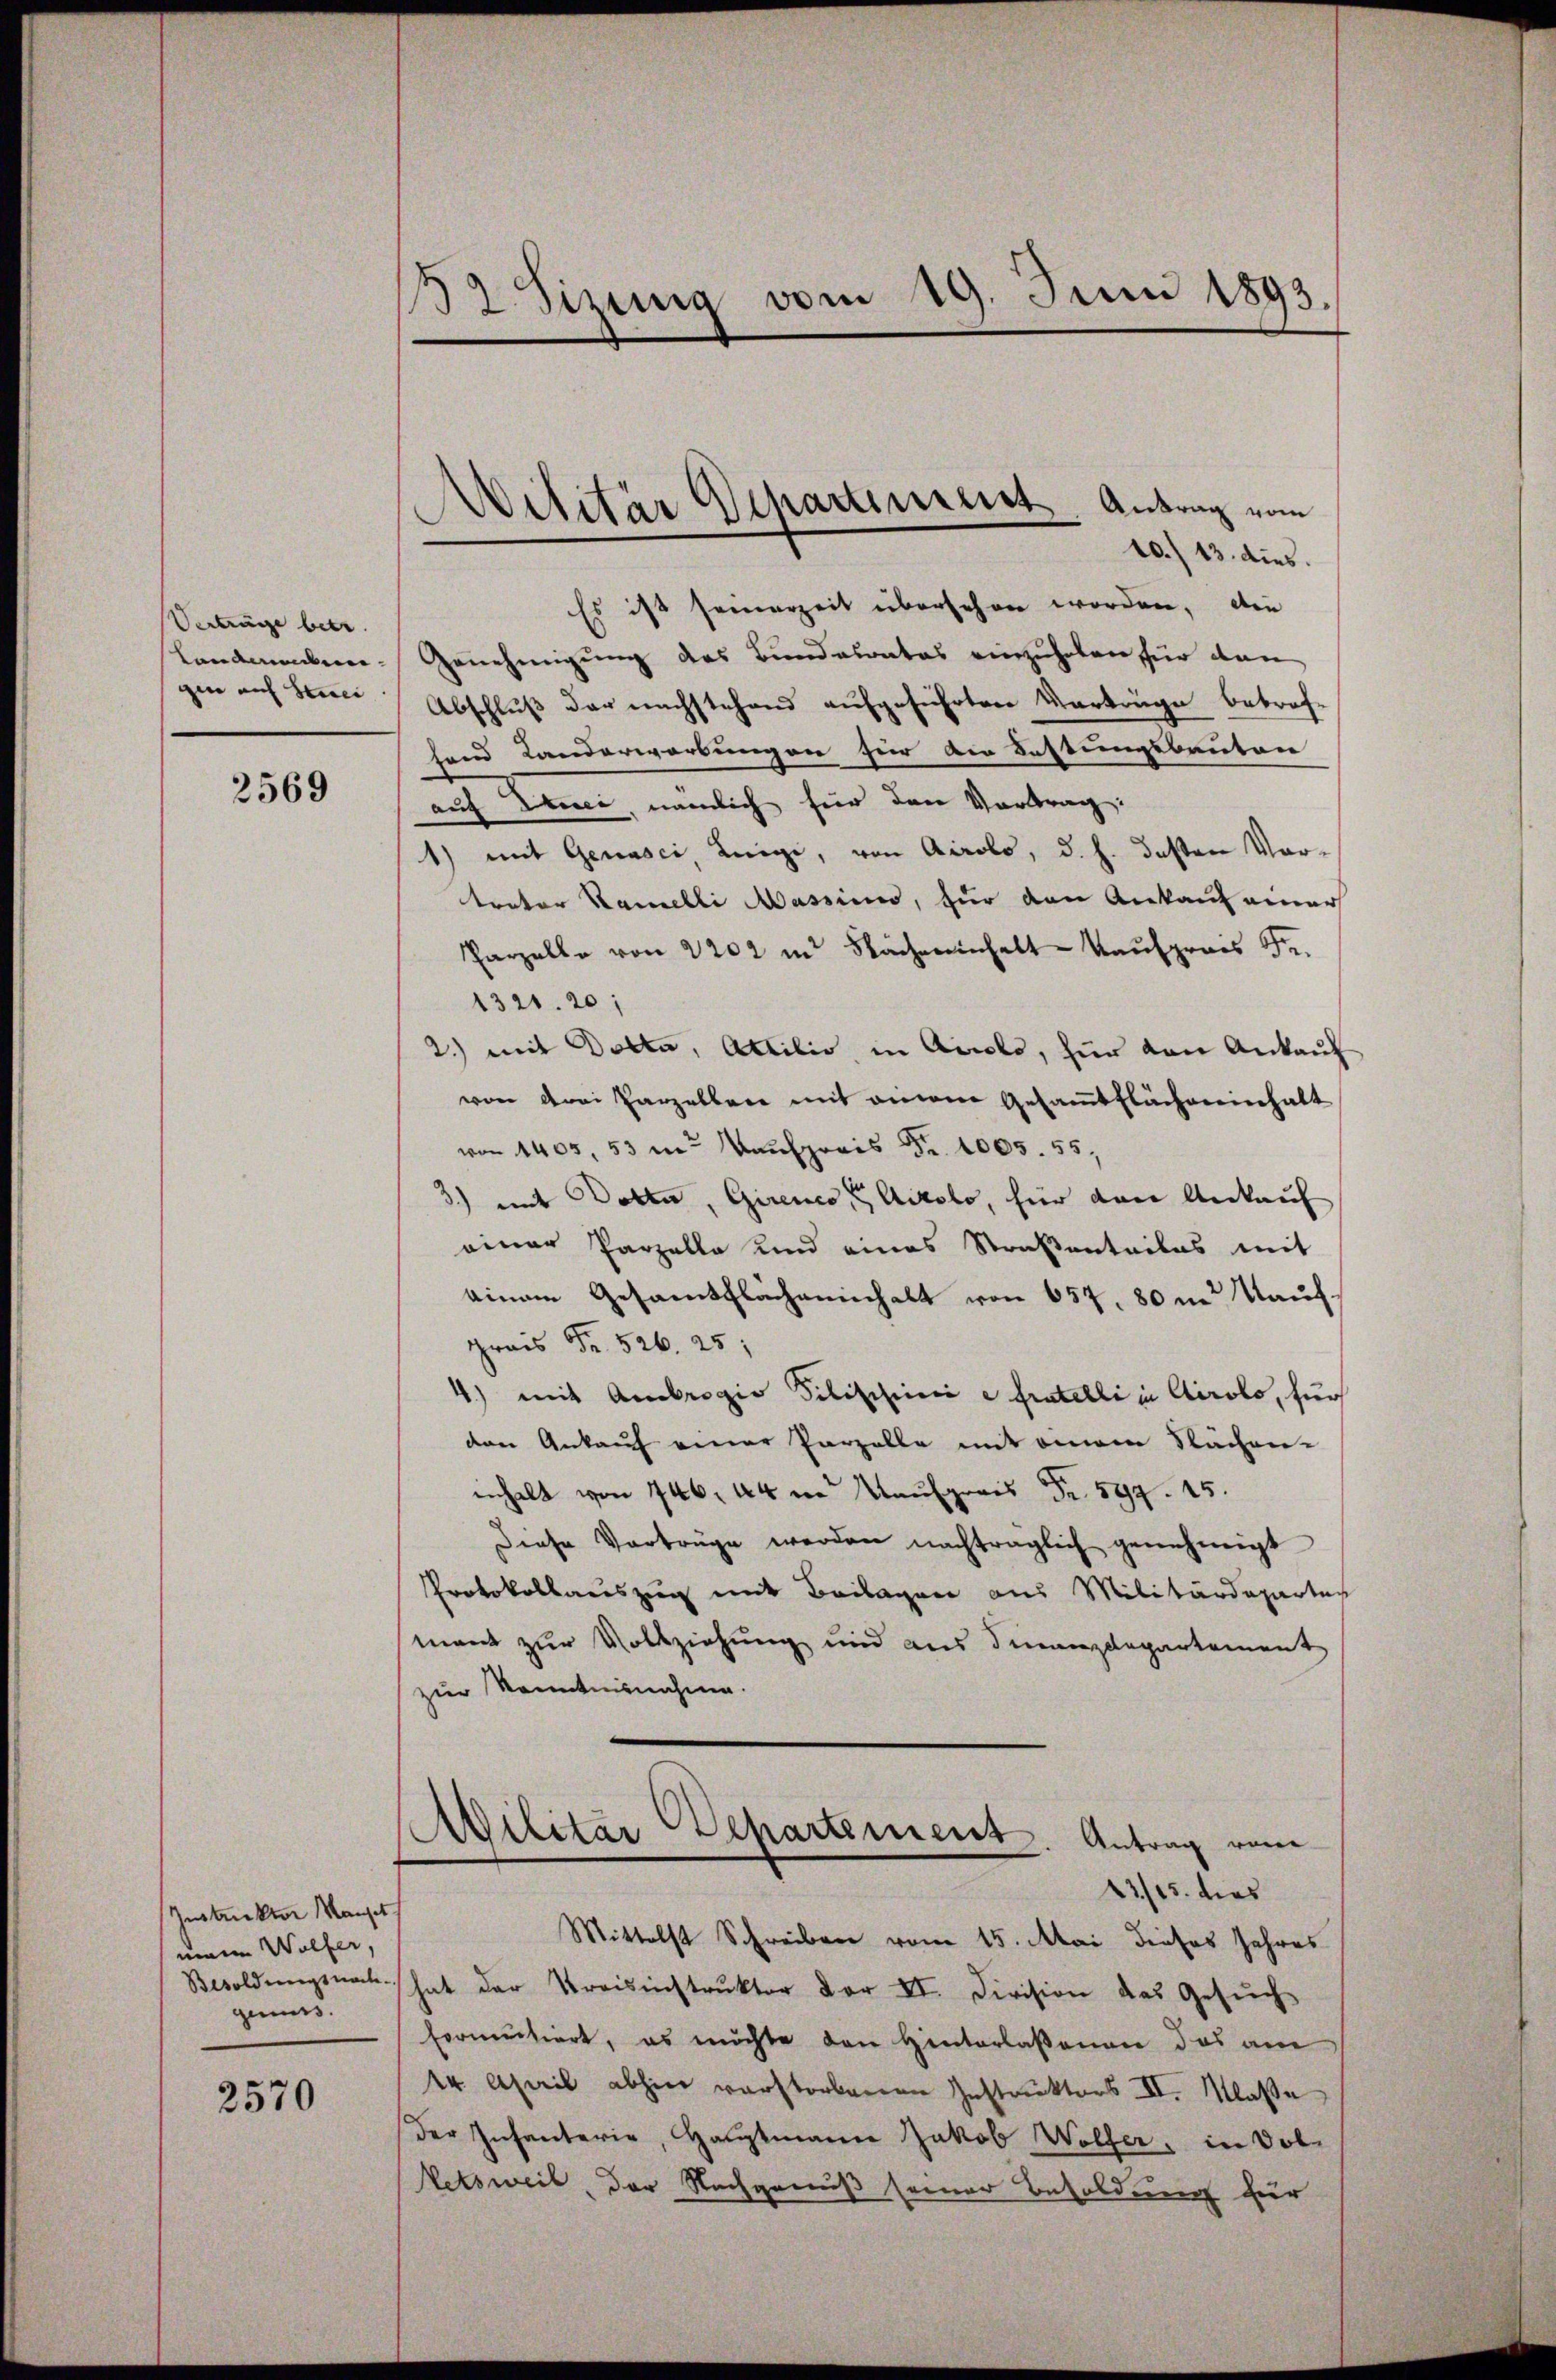
Verträge betr.
Landmebern
gin auf Strei

2569

Instrektor Manget
mann Wölfer,
genus.

2570

32 Sizung vom 19. Juni 1893.

10./13. dies.
Es ist seinerzeit übersehen worden, die
Genehmigŭng des Bundesrates einzuholen für dan
Abschluß der nachstehend aufgeführten Verträge betrofland Landerwerbungen für die Bestungsbauten
auf Euerei, nämlich für den Vortrag:
1) mit Genasci, Leige, von Airolo, d. h. deßen Vortrator Kamelli Massin, für den Ankauf einer
Parzelle von 2202 in Nächereinhalt Kaufpreis Fr.
1321. 20
2.) mit Dotta, Attilio in Airolo, für von Ankauf
von drei Parzelber mit einem Gesamtflächereinhalt
von 1405, 53 in Kaufpreis Fr. 1005. 55,
3.) mit Dotter, Girenes Airolo, hier den Ankauf
einer Parzelle und eines Straßenteiles mit
einem Gesamtflächeninhalt von 657, 80 m Kaufgrais Fr. 526. 25;
4) mit Ambrogio Silischeini e fratelli in Airolo, für
den Ankauf einer Parzelle mit einem Sachen
inhalt von 746. 44 n Kaufpreis Fr. 594. 15.
Diese Vorträge werden nachträglich genehmigt
Protokollauszug mit Beilagen aus Militärdepartes
mant zur Vollziehung und aus Finanzdepartement
zur Kenntnisnahme.
Militär Departement. Antrag vom
22/25. dies
Mittelst Schreiben vom 15. Mai dieses Jahres
Besoldŭngsnach hat der Kreisinstrŭktor der II. Division das Gesŭch
fermutiert, es möchte den Hinterlassenen das am
14 April abhin verstorbenen Instruktors II. Klasse
der Infanterie, Hauptmann Jakob Wolfer, in obe
Vetsweil, der Nachgenuß seiner Besoldung für

ilitär Departement Antrag vom